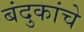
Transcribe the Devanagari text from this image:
बंदुकांचे